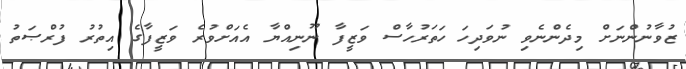
ޒުވާނުންނަށް މިދެންނެވި ނުވަދިހަ ހަތަރުހާސް ވަޒީފާ ނޫނިއްޔާ އެއަށްވުރެ ވަޒީފާގެ އިތުރު ފުރްޞަތު